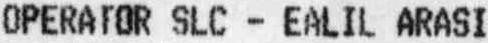
OPERATOR SLC - EALIL ARASI